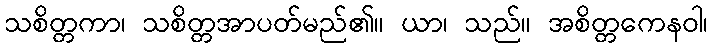
သစိတ္တကာ၊ သစိတ္တအာပတ်မည်၏။ ယာ၊ သည်။ အစိတ္တကေနဝါ၊